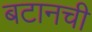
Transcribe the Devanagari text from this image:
बटानची